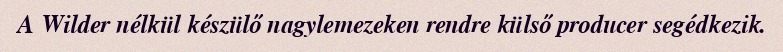
A Wilder nélkül készülő nagylemezeken rendre külső producer segédkezik.